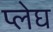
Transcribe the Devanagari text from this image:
प्लेघ